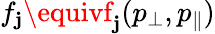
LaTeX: f_{\mathbf{j}}\equivf_{\mathbf{j}}(p_{\perp},p_{\parallel})